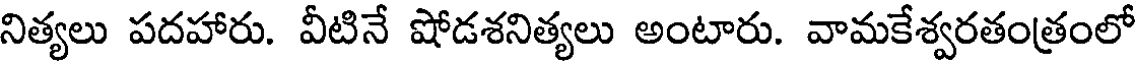
నిత్యలు పదహారు. వీటినే షోడశనిత్యలు అంటారు. వామకేశ్వరతంత్రంలో